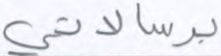
برسالاتي